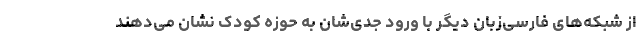
از شبکه‌های فارسی‌زبانِ دیگر با ورود جدی‌شان به حوزه کودک نشان می‌دهند